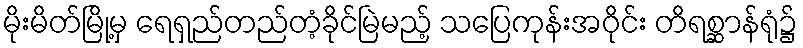
မိုးမိတ်မြို့မှ ရေရှည်တည်တံ့ခိုင်မြဲမည့် သပြေကုန်းအဝိုင်း တိရစ္ဆာန်ရုံ၌